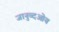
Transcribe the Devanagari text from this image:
जानुव्दओय